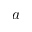
a